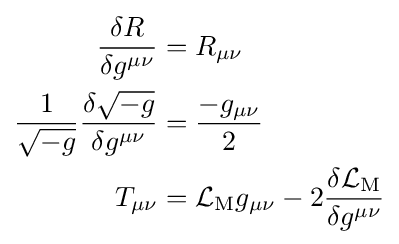
{\begin{aligned}{\frac {\delta R}{\delta g^{\mu \nu }}}&=R_{\mu \nu }\\{\frac {1}{\sqrt {-g}}}{\frac {\delta {\sqrt {-g}}}{\delta g^{\mu \nu }}}&={\frac {-g_{\mu \nu }}{2}}\\T_{\mu \nu }&={\mathcal {L}}_{\mathrm {M} }g_{\mu \nu }-2{\frac {\delta {\mathcal {L}}_{\mathrm {M} }}{\delta g^{\mu \nu }}}\end{aligned}}